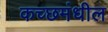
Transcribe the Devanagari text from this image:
कच्छमंधील